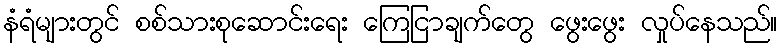
နံရံများတွင် စစ်သားစုဆောင်းရေး ကြေငြာချက်တွေ ဖွေးဖွေး လှုပ်နေသည်။